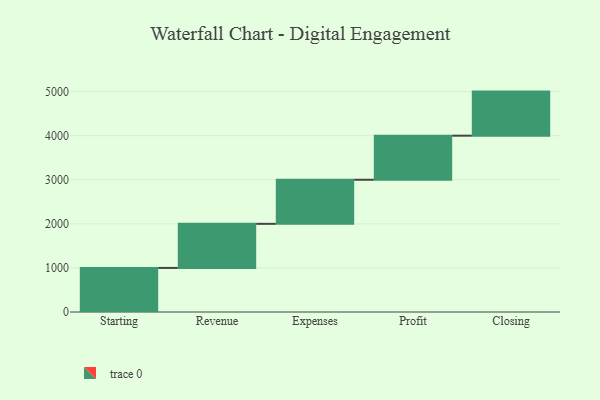
{"axis": {"x": "Step", "y": "Value"}, "legend": [""], "data": [{"x": "Starting", "y": 1000, "type": ""}, {"x": "Revenue", "y": 1000, "type": ""}, {"x": "Expenses", "y": 1000, "type": ""}, {"x": "Profit", "y": 1000, "type": ""}, {"x": "Closing", "y": 1000, "type": ""}]}